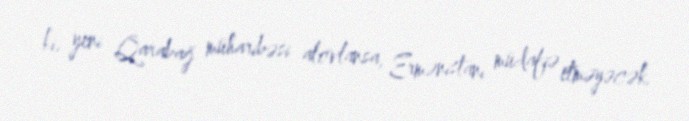
ki, yeni Qarabağ müharibəsi alovlansa, Ermənistanı müdafiə etməyəcək.